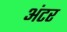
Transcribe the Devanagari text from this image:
अंटर